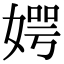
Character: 𪦊